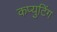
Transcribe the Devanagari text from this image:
कप्युटिंग